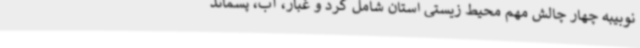
نوبیبه چهار چالش مهم محیط زیستی استان شامل گرد و غبار، آب، پسماند